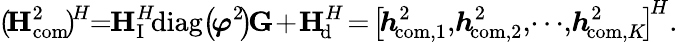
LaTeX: (\! {{\mathbf{H}}_{\mathrm{{com}}}^{2}}\! )^{\! H}\! \! =\! {\! \mathbf{H}}_{\mathrm{I}}^{H}{\! \mathrm{diag}}\! \left(\! {\boldsymbol{\varphi}}^{2}\! \right){\! \mathbf{G}}\! +{\! \mathbf{H}}_{\! \mathrm{d}}^{H}\! =\! \left[{\! {\boldsymbol{h}}_{\! {\mathrm{com}},1}^{2}},{\! {\boldsymbol{h}}_{\! \mathrm{{com}},2}^{2}},\! \cdots\! ,{\! {\boldsymbol{h}}_{\! {\mathrm{com}},K}^{2}}\! \right]^{\! H}.